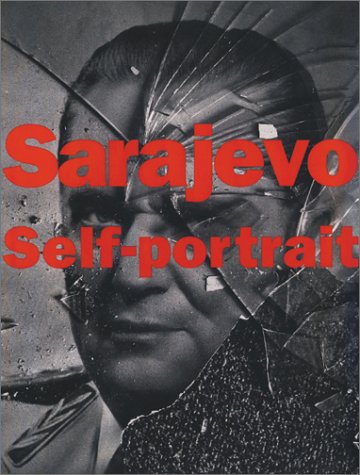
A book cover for Sarajevo Self-Portrait:  The View From Inside; Leslie Fratkin; Travel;